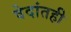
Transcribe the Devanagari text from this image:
वेदांतही